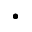
\cdot